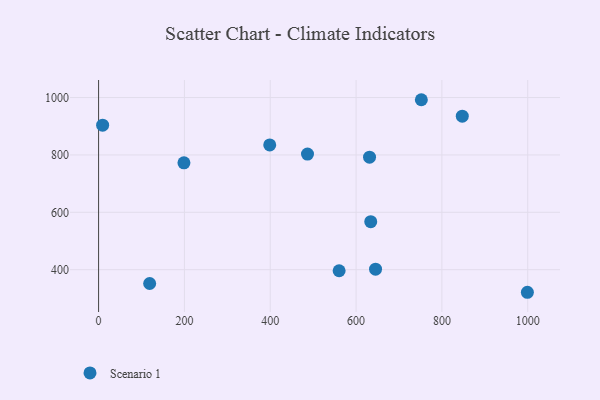
{"axis": {"x": "Distance", "y": "Salary"}, "legend": ["Scenario 1"], "data": [{"x": "634.2", "y": 567.4, "type": "Scenario 1"}, {"x": "398.8", "y": 834.8, "type": "Scenario 1"}, {"x": "9.4", "y": 903.8, "type": "Scenario 1"}, {"x": "560.5", "y": 396.3, "type": "Scenario 1"}, {"x": "847.5", "y": 934.9, "type": "Scenario 1"}, {"x": "198.9", "y": 772.4, "type": "Scenario 1"}, {"x": "999.2", "y": 321.3, "type": "Scenario 1"}, {"x": "631.4", "y": 792.1, "type": "Scenario 1"}, {"x": "645.4", "y": 401.9, "type": "Scenario 1"}, {"x": "119.0", "y": 351.9, "type": "Scenario 1"}, {"x": "486.8", "y": 802.9, "type": "Scenario 1"}, {"x": "752.1", "y": 992.4, "type": "Scenario 1"}]}